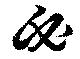
必